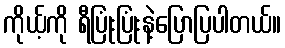
ကိုယ့်ကို ရီပြုံးပြုံးနဲ့ပြောပြပါတယ်။